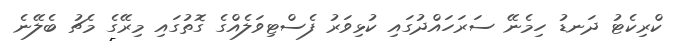
ކްރިކެޓު ދަނޑު ހިމެނޭ ސަރަހައްދުގައި ކުޅިވަރު ފެސްޓިވަލެއްގެ ގޮތުގައި މިރޭގެ މެޗު ބެލޭނެ